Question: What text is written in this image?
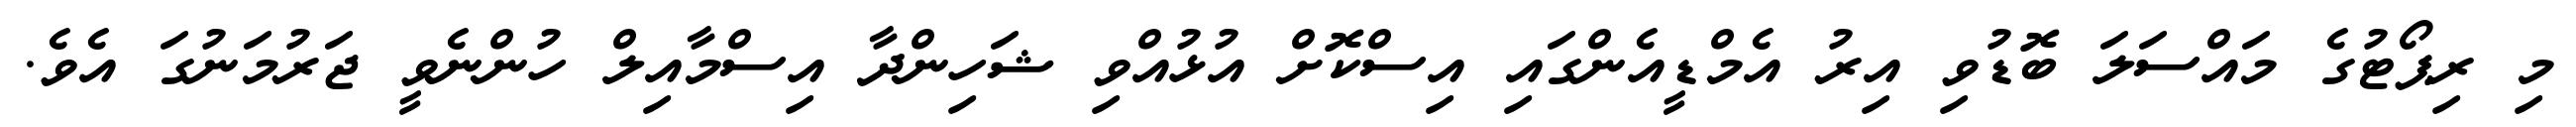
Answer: މި ރިޕޯޓުގެ މައްސަލަ ބޮޑުވި އިރު އެމްޑީއެންގައި އިސްކޮށް އުޅުއްވި ޝަހިންދާ އިސްމާއިލް ހުންނެވީ ޖަރުމަނުގަ އެވެ.